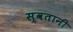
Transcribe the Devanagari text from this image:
स्वतानी